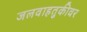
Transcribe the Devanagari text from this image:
जलवाहतुकीवर